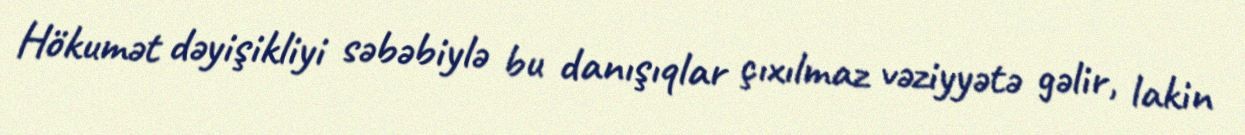
Hökumət dəyişikliyi səbəbiylə bu danışıqlar çıxılmaz vəziyyətə gəlir, lakin